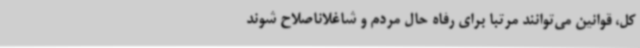
کل، قوانین می‌توانند مرتباً برای رفاه حال مردم و شاغلاناصلاح شوند